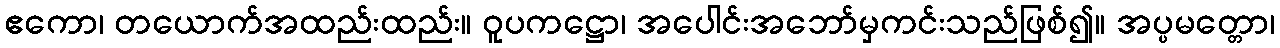
ဧကော၊ တယောက်အထည်းထည်း။ ဝူပကဋ္ဌော၊ အပေါင်းအဘော်မှကင်းသည်ဖြစ်၍။ အပ္ပမတ္တော၊